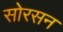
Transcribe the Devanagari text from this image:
सोरसन